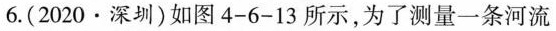
6.(2020·深圳)如图4-6-13所示，为了测量一条河流